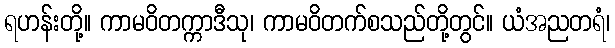
ရဟန်းတို့။ ကာမဝိတက္ကာဒီသု၊ ကာမဝိတက်စသည်တို့တွင်။ ယံအညတရံ၊